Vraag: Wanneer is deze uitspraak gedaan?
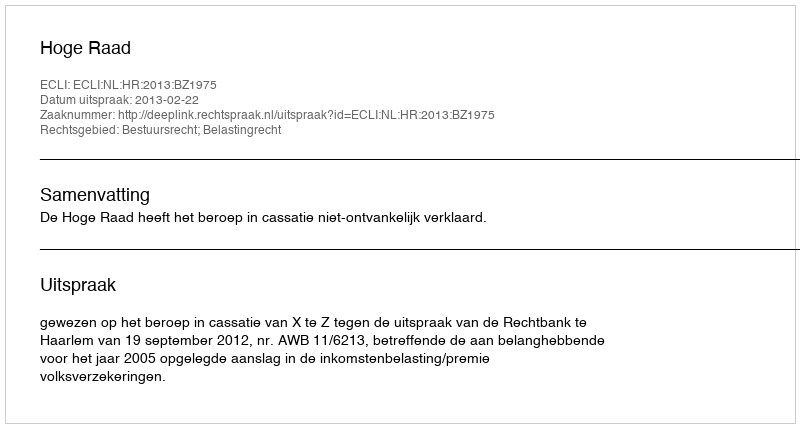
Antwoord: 2013-02-22